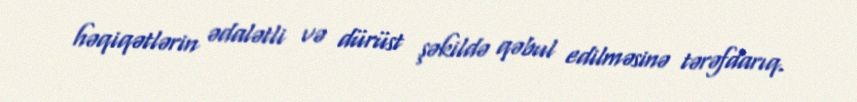
həqiqətlərin ədalətli və dürüst şəkildə qəbul edilməsinə tərəfdarıq.